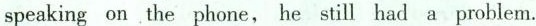
speaking on.The phone, he still had a prohlem.